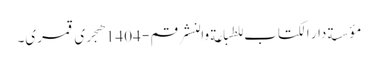
مؤسسة دار الکتاب للطباعة والنشر قم - 1404هجری قمری۔